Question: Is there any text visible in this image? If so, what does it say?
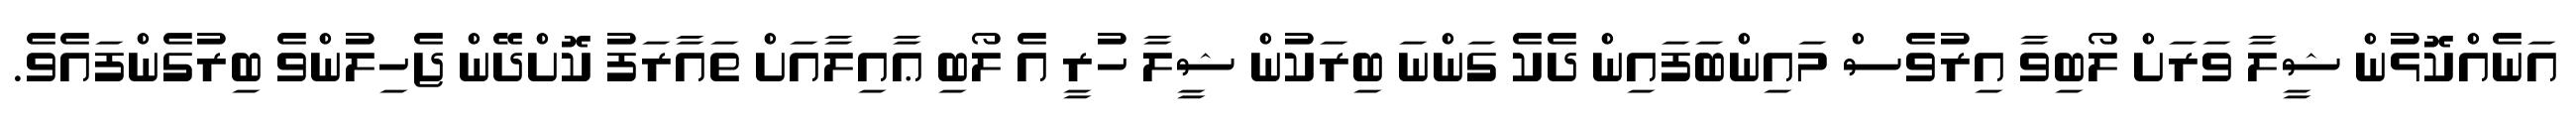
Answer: އަނެއްކޮޅުން ޝީލާ ވަރަށް ލޯބިވާ އިރުވެސް މައިންބަފައިން ދެކެ ގަންނަ ބިރަކުން ޝީލާ ހުރީ އެ ލޯބި ޢާއިލާއަށް ތައާރަފު ކޮށްދޭން ޖެހިލުންވެ ބިރުގެންފައެވެ.